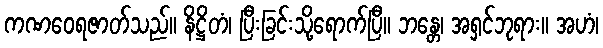
ကဏဝေရဇာတ်သည်။ နိဋ္ဌိတံ၊ ပြီးခြင်းသို့ရောက်ပြီ။ ဘန္တေ၊ အရှင်ဘုရား။ အဟံ၊